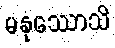
မနုဿောသိ